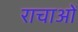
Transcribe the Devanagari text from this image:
राचाओं